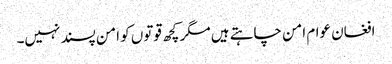
افغان عوام امن چاہتے ہیں مگر کچھ قوتوں کو امن پسند نہیں۔